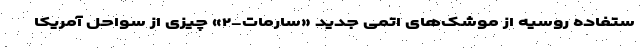
ستفاده روسیه از موشک‌های اتمی جدید «سارمات-۲» چیزی از سواحل آمریکا